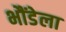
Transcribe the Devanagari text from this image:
भौंडेला